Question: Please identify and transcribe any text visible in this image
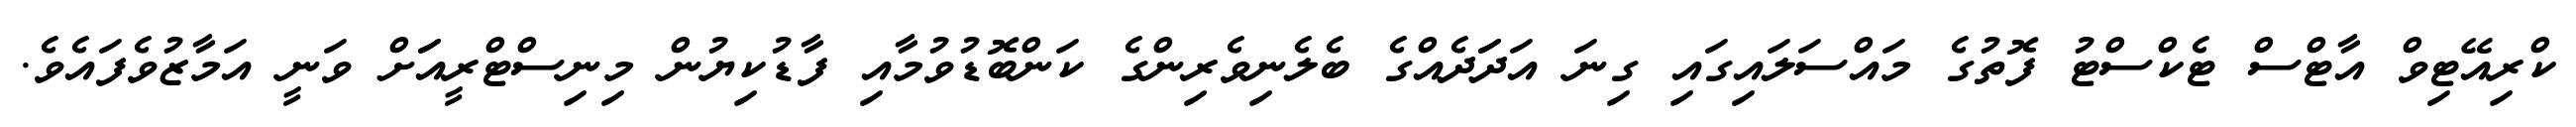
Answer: ކްރިއޭޓިވް އާޓްސް ޓެކްސްޓު ފޮތުގެ މައްސަލައިގައި ގިނަ އަދަަދެއްގެ ބެލެނިވެރިންގެ ކަންބޮޑުވުމާއި ފާޑުކިޔުން މިނިސްޓްރީއަަށް ވަނީ އަމާޒުވެފައެވެ.